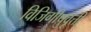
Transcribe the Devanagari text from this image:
विजिगीषुवृत्ती